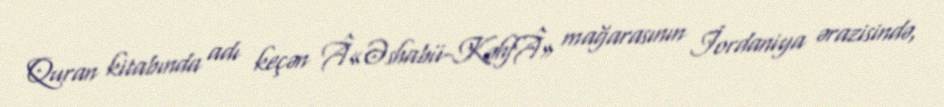
Quran kitabında adı keçən Â«Əshabü-KəhfÂ» mağarasının İordaniya ərazisində,